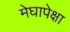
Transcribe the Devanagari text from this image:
मेघापेक्षा